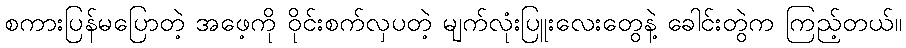
စကားပြန်မပြောတဲ့ အဖေ့ကို ဝိုင်းစက်လှပတဲ့ မျက်လုံးပြူးလေးတွေနဲ့ ခေါင်းတွဲက ကြည့်တယ်။